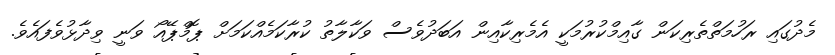
މެދުގައި ރަހުމަތްތެރިކަން ގާއިމްކުރުމަކީ އެމެރިކާއިން އަބަދުވެސް ވަކާލާތު ކުރާކަމެއްކަމަށް ޕޮމްޕޭއޯ ވަނީ ވިދާޅުވެފައެވެ.